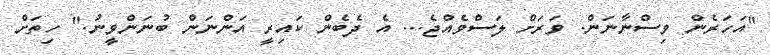
"އަހަރެން ވިސްނާނަން. ވަރަށް ލަސްވެއްޖެ... އެ ދެބެން ކައިރީ އަންނަން ބުނަންވީނު." ހިތަށް